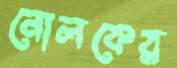
নোলকের